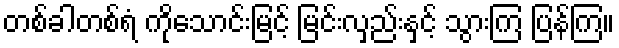
တစ်ခါတစ်ရံ ကိုသောင်းမြင့် မြင်းလှည်းနှင့် သွားကြ ပြန်ကြ။